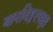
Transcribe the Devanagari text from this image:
बापविठ्ठलसुत